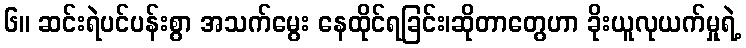
၆။ ဆင်းရဲပင်ပန်းစွာ အသက်မွေး နေထိုင်ရခြင်း၊ဆိုတာတွေဟာ ခိုးယူလုယက်မှုရဲ့